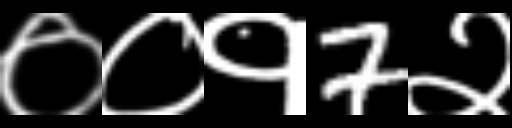
Text: ००१7२